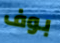
بوف